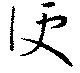
便